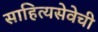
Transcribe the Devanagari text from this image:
साहित्यसेवेची